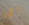
الآن